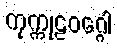
ကုက္ကုဠဝဂ္ဂေါ